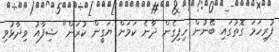
ފުރިހަމަ ގޮތުގައި ބޭނުން ހިފިގެން ދާނެ ކަމަށް ޔަގީން ކުރަން" ޝިފާއު ވިދާޅުވި